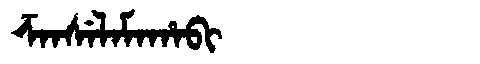
Manchu: ᡯᠠᠨᠰᡝᠯᠠᠮᠠᡥᠠᠪᡳ
Romanization: DZANSELAMAHABI